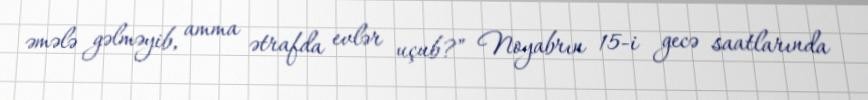
əmələ gəlməyib, amma ətrafda evlər uçub?” Noyabrın 15-i gecə saatlarında